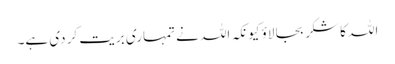
اللہ کا شکر بجا لاؤ کیونکہ اللہ نے تمہاری بریت کر دی ہے۔